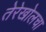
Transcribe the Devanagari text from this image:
तेरेखोलचा